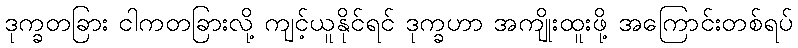
ဒုက္ခတခြား ငါကတခြားလို့ ကျင့်ယူနိုင်ရင် ဒုက္ခဟာ အကျိုးထူးဖို့ အကြောင်းတစ်ရပ်